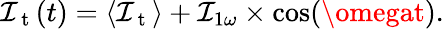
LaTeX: \mathcal{I}_{\mathrm{{~t~}}}(t)=\langle\mathcal{I}_{\mathrm{{~t~}}}\rangle+\mathcal{I}_{1\omega}\times\cos(\omegat).